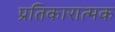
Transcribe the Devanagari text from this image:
प्रतिकारात्मक